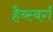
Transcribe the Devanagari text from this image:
हैब्स्बर्ग